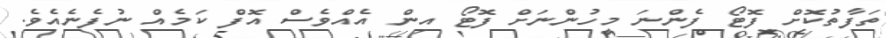
ތަފާތުކޮށް ފޮޓޯ ފެންނަ މީހުންނަށް ފޮޓޯ އިން އެއްވެސް އޮފް ކަމެއް ނުފެނެއެވެ.